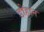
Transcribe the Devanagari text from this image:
डोहान